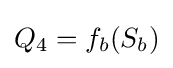
Q_{4}=f_{b}(S_{b})